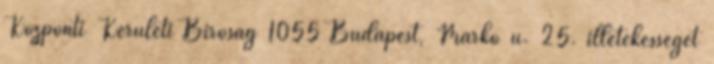
Központi Kerületi Bíróság 1055 Budapest, Markó u. 25. illetékességét